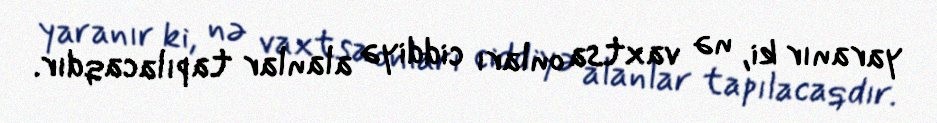
yaranır ki, nə vaxtsa onları ciddiyə alanlar tapılacaqdır.